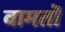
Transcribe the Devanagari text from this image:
वामतॊ